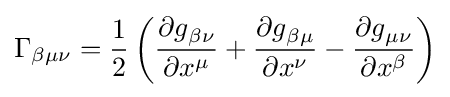
{\Gamma }_{\beta \mu \nu }={\frac {1}{2}}\left({{\partial {g}}_{\beta \nu } \over {\partial x^{\mu }}}+{{\partial {g}}_{\beta \mu } \over {\partial x^{\nu }}}-{{\partial {g}}_{\mu \nu } \over {\partial x^{\beta }}}\right)